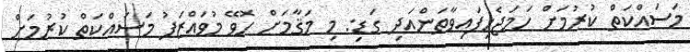
މަސައްކަތް ކުރުމަށް ހަމަޖެހިފައިވާތަންއަދި ގަޑި: މި މަޤާމަށް ހޮވޭ މުވައްޒަފު މަސައްކަތް ކުރުމަށް